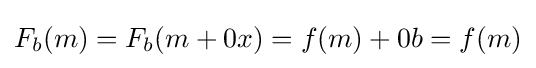
F_{b}(m)=F_{b}(m+0x)=f(m)+0b=f(m)